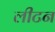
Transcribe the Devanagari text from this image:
लीटन